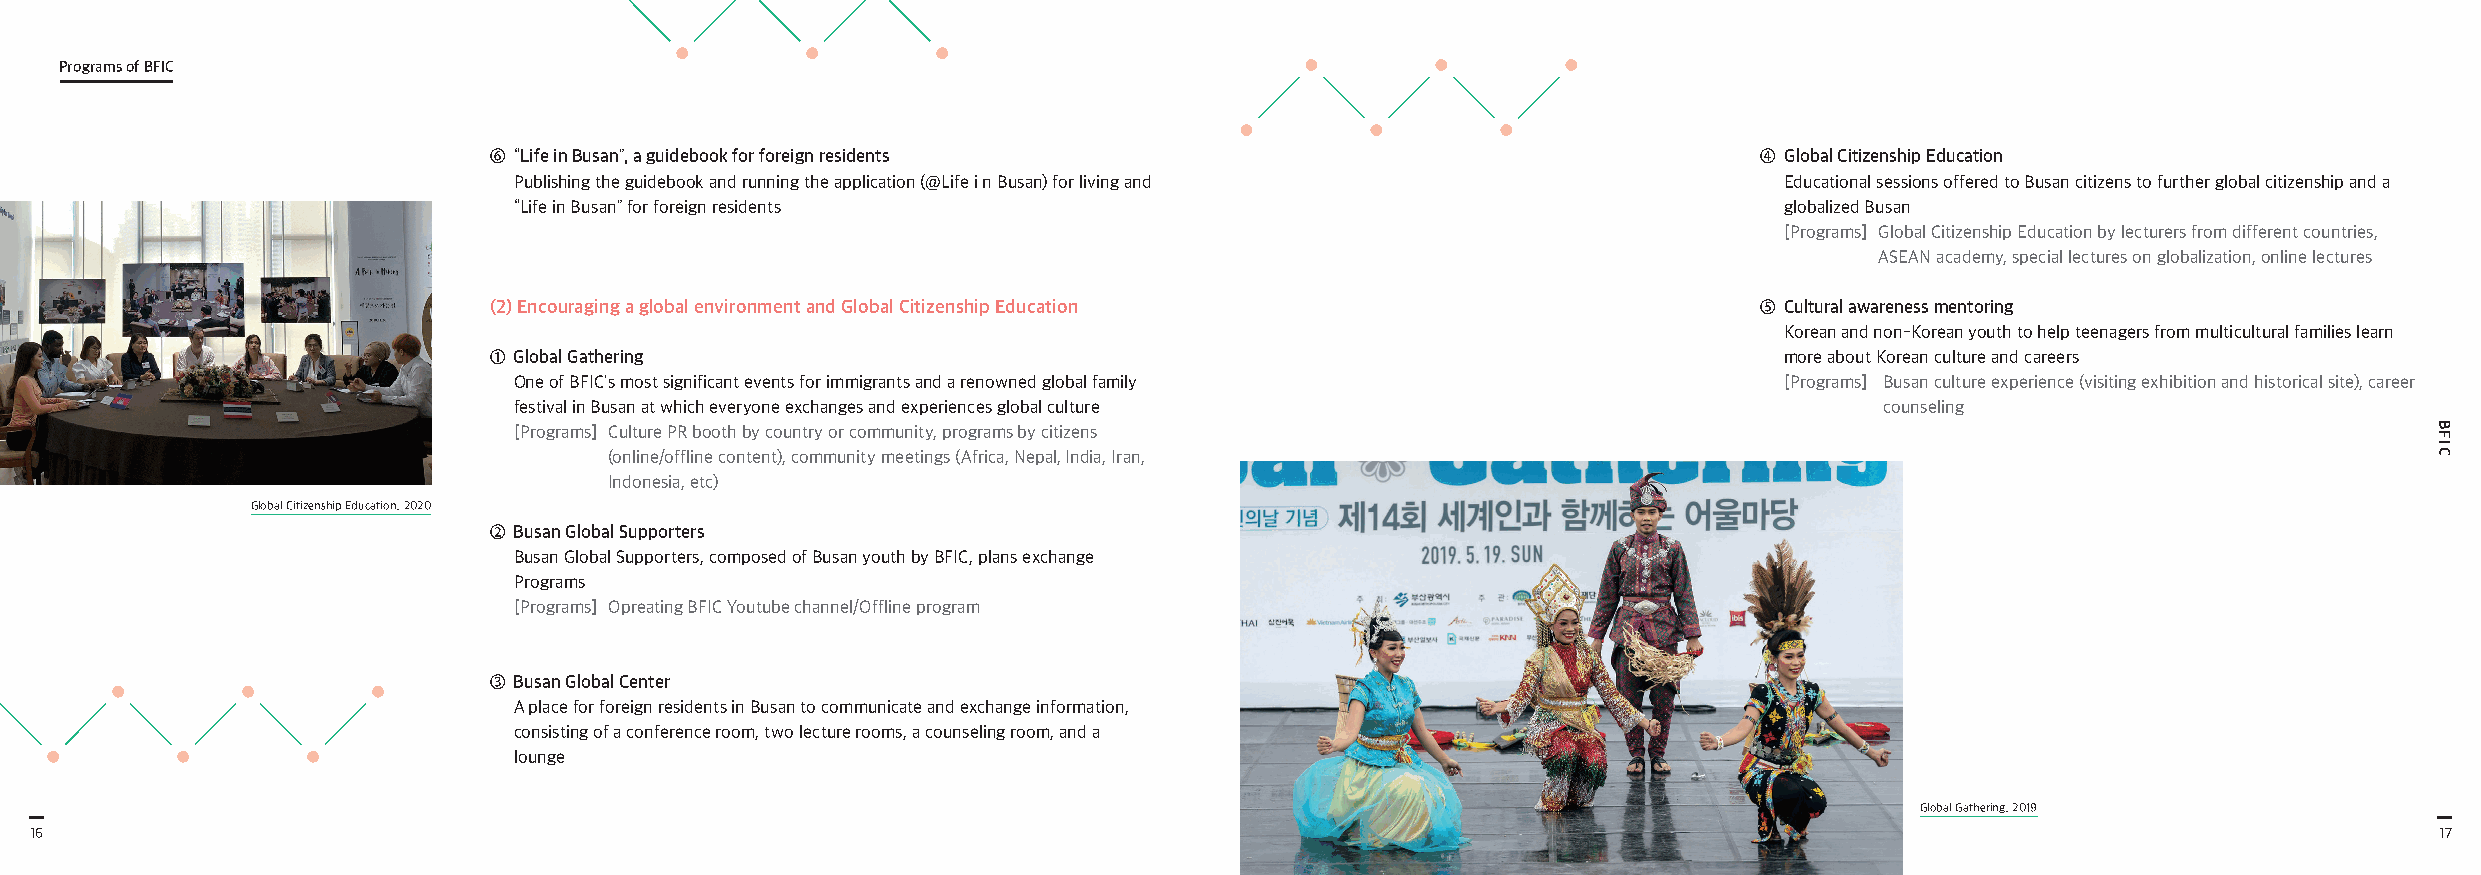
Programs of BFIC
 ⑥ “Life in Busan”, a guidebook for foreign residents                                 ④ Global Citizenship Education
 Publishing the guidebook and running the application (@Life i n Busan) for living and Educational sessions offered to Busan citizens to further global citizenship and a
 “Life in Busan” for foreign residents                                               globalized Busan
 [Programs] G lobal Citizenship Education by lecturers from different countries,
 ASEAN academy, special lectures on globalization, online lectures
 (2) Encouraging a global environment and Global Citizenship Education                ⑤ Cultural awareness mentoring
 Korean and non-Korean youth to help teenagers from multicultural families learn
 ① Global Gathering                                                                    more about Korean culture and careers
 One of BFIC's most significant events for immigrants and a renowned global family   [Programs] Busan culture experience (visiting exhibition and historical site), career
 festival in Busan at which everyone exchanges and experiences global culture               counseling
 [Programs] C ulture PR booth by country or community, programs by citizens
 (online/offline content), community meetings (Africa, Nepal, India, Iran,
 Indonesia, etc)
 Global Citizenship Education. 2020
 ② Busan Global Supporters
 Busan Global Supporters, composed of Busan youth by BFIC, plans exchange
 Programs
 [Programs] Opreating BFIC Youtube channel/Offline program
 ③ Busan Global Center
 A place for foreign residents in Busan to communicate and exchange information,
 consisting of a conference room, two lecture rooms, a counseling room, and a
 lounge
 Global Gathering. 2019
 16                                                                                                                                                             17
 BFIC